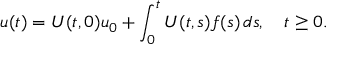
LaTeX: u ( t ) = U ( t , 0 ) u _ { 0 } + \int _ { 0 } ^ { t } U ( t , s ) f ( s ) \, d s , \quad t \geq 0 .